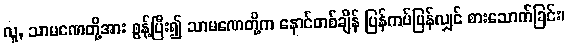
လူ, သာမဏေတို့အား စွန့်ပြီး၍ သာမဏေတို့က နောင်တစ်ချိန် ပြန်ကပ်ပြန်လျှင် စားသောက်ခြင်း၊